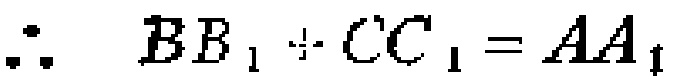
\(\therefore BB_{1}+CC_{1}=AA_{1}\)